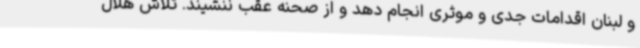
و لبنان اقدامات جدی و موثری انجام دهد و از صحنه عقب ننشیند. تلاش هلال